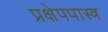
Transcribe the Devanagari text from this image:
प्रक्षेपपास्त्र